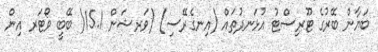
ބަޔާން ބޭރުގެ ޓޫރިސްޓު އުޅަނދުތައް (އިނގެރޭސި) (ވަރޝަން 15.1( ބޭބީ ވޯޓަރ އިން